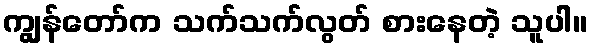
ကျွန်တော်က သက်သက်လွတ် စားနေတဲ့ သူပါ။